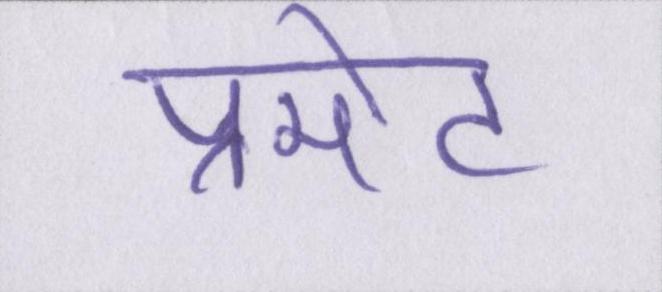
प्रमोट